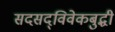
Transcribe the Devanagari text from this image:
सदसद्‌विवेकबुद्धी